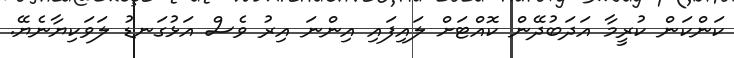
ކަންކަން ކުރީމާ އަދަބުދޭން ކޮއްޓަށް ލައިފައި އިންނަ އިރު ވެސް އަޅުގަނޑު ލަވަކިޔާނެޔޭ.